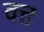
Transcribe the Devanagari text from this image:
वत्त